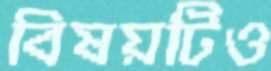
বিষয়টিও